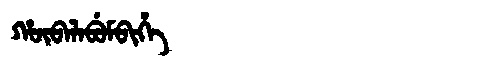
Manchu: ᡥᡡᠪᠠᠯᠠᠪᡠᠮᠪᡳᡥᡝ
Romanization: HŪBALABUMBIHE